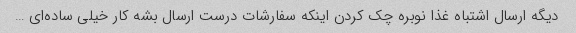
دیگه ارسال اشتباه غذا نوبره چک کردن اینکه سفارشات درست ارسال بشه کار خیلی ساده‌ای …